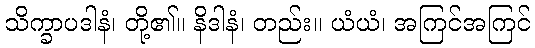
သိက္ခာပဒါနံ၊ တို့၏။ နိဒါနံ၊ တည်း။ ယံယံ၊ အကြင်အကြင်